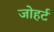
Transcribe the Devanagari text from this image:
जोहर्ट